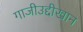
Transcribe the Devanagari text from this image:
गाजीउद्दीखान